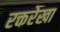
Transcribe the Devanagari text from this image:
रक्तरेखा